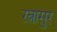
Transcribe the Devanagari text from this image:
रत्नासुर